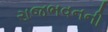
રાજભવનની